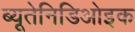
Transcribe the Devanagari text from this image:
ब्यूतेनिडिओइक